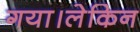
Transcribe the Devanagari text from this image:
गया।लेकिन